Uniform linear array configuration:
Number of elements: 8
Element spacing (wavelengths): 0.75
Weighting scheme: blackman
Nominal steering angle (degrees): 0
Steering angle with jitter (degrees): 0.5002
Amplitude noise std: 0.05
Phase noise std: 0.05

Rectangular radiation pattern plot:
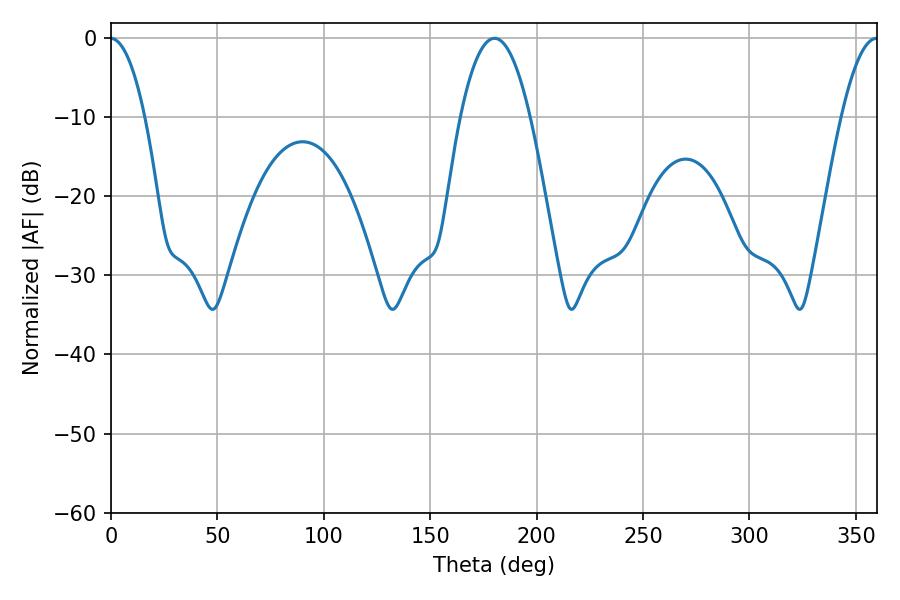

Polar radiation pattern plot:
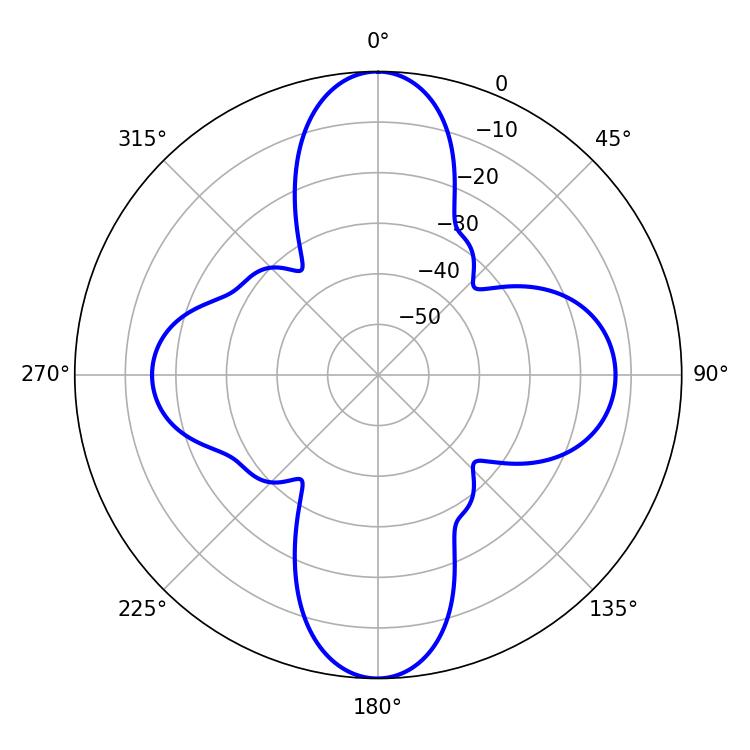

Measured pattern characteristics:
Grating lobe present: TRUE
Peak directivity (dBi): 24.654
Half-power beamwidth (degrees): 18
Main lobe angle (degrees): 180.18